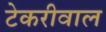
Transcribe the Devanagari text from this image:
टेकरीवाल